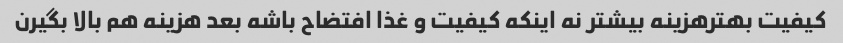
کیفیت بهتر‌هزینه بیشتر نه اینکه کیفیت و غذا افتضاح باشه بعد هزینه هم بالا بگیرن